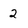
Character: 2